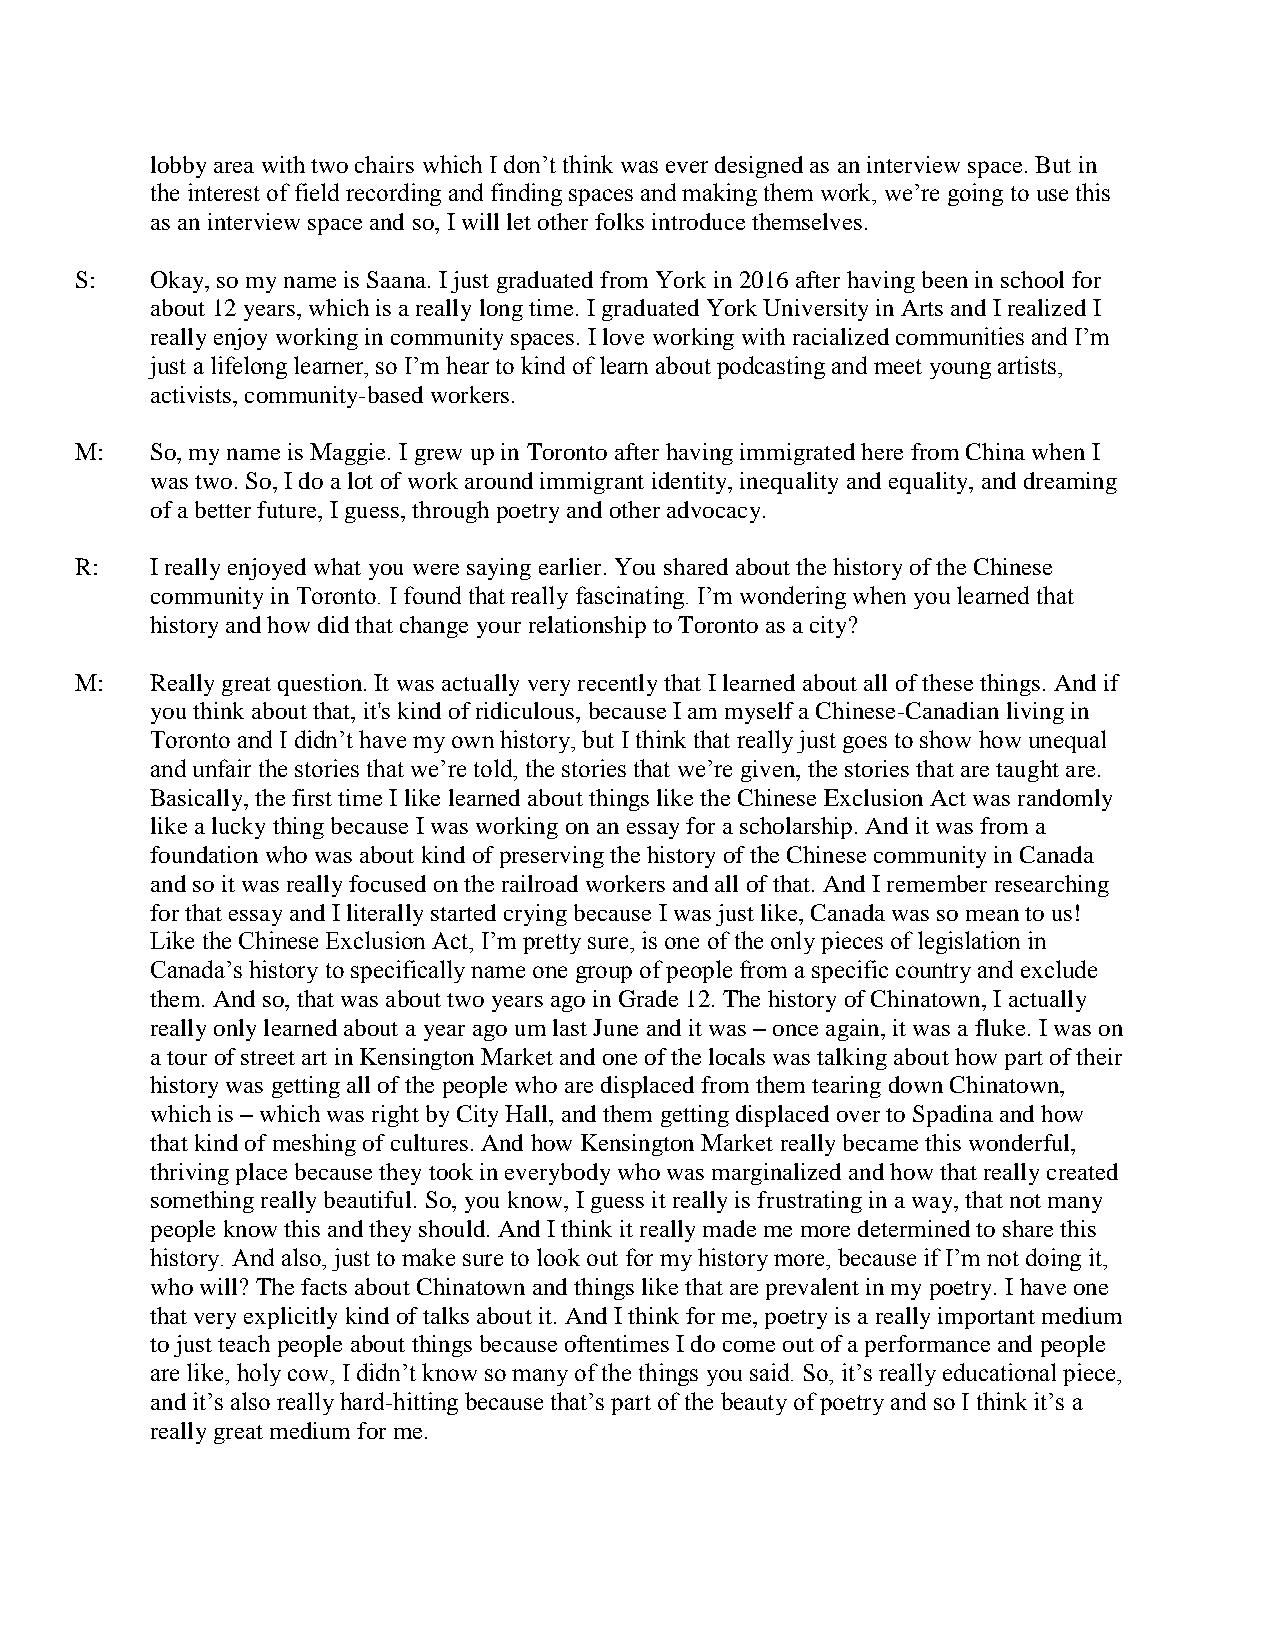
lobby area with two chairs which I don’t think was ever designed as an interview space. But in
 the interest of field recording and finding spaces and making them work, we’re going to use this
 as an interview space and so, I will let other folks introduce themselves.
 S:   Okay, so my name is Saana. I just graduated from York in 2016 after having been in school for
 about 12 years, which is a really long time. I graduated York University in Arts and I realized I
 really enjoy working in community spaces. I love working with racialized communities and I’m
 just a lifelong learner, so I’m hear to kind of learn about podcasting and meet young artists,
 activists, community-based workers.
 M:   So, my name is Maggie. I grew up in Toronto after having immigrated here from China when I
 was two. So, I do a lot of work around immigrant identity, inequality and equality, and dreaming
 of a better future, I guess, through poetry and other advocacy.
 R:   I really enjoyed what you were saying earlier. You shared about the history of the Chinese
 community in Toronto. I found that really fascinating. I’m wondering when you learned that
 history and how did that change your relationship to Toronto as a city?
 M:   Really great question. It was actually very recently that I learned about all of these things. And if
 you think about that, it's kind of ridiculous, because I am myself a Chinese-Canadian living in
 Toronto and I didn’t have my own history, but I think that really just goes to show how unequal
 and unfair the stories that we’re told, the stories that we’re given, the stories that are taught are.
 Basically, the first time I like learned about things like the Chinese Exclusion Act was randomly
 like a lucky thing because I was working on an essay for a scholarship. And it was from a
 foundation who was about kind of preserving the history of the Chinese community in Canada
 and so it was really focused on the railroad workers and all of that. And I remember researching
 for that essay and I literally started crying because I was just like, Canada was so mean to us!
 Like the Chinese Exclusion Act, I’m pretty sure, is one of the only pieces of legislation in
 Canada’s history to specifically name one group of people from a specific country and exclude
 them. And so, that was about two years ago in Grade 12. The history of Chinatown, I actually
 really only learned about a year ago um last June and it was – once again, it was a fluke. I was on
 a tour of street art in Kensington Market and one of the locals was talking about how part of their
 history was getting all of the people who are displaced from them tearing down Chinatown,
 which is – which was right by City Hall, and them getting displaced over to Spadina and how
 that kind of meshing of cultures. And how Kensington Market really became this wonderful,
 thriving place because they took in everybody who was marginalized and how that really created
 something really beautiful. So, you know, I guess it really is frustrating in a way, that not many
 people know this and they should. And I think it really made me more determined to share this
 history. And also, just to make sure to look out for my history more, because if I’m not doing it,
 who will? The facts about Chinatown and things like that are prevalent in my poetry. I have one
 that very explicitly kind of talks about it. And I think for me, poetry is a really important medium
 to just teach people about things because oftentimes I do come out of a performance and people
 are like, holy cow, I didn’t know so many of the things you said. So, it’s really educational piece,
 and it’s also really hard-hitting because that’s part of the beauty of poetry and so I think it’s a
 really great medium for me.